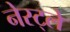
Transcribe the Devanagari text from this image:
नेस्ट्ले